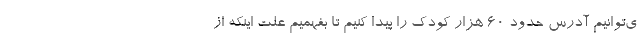
ی‌توانیم آدرس حدود ۶۰ هزار کودک را پیدا کنیم تا بفهمیم علت اینکه از